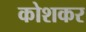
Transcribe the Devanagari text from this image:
कोशकर